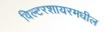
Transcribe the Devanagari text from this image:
विल्टरशायरमधील